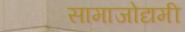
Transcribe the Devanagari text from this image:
सामाजोद्यमी